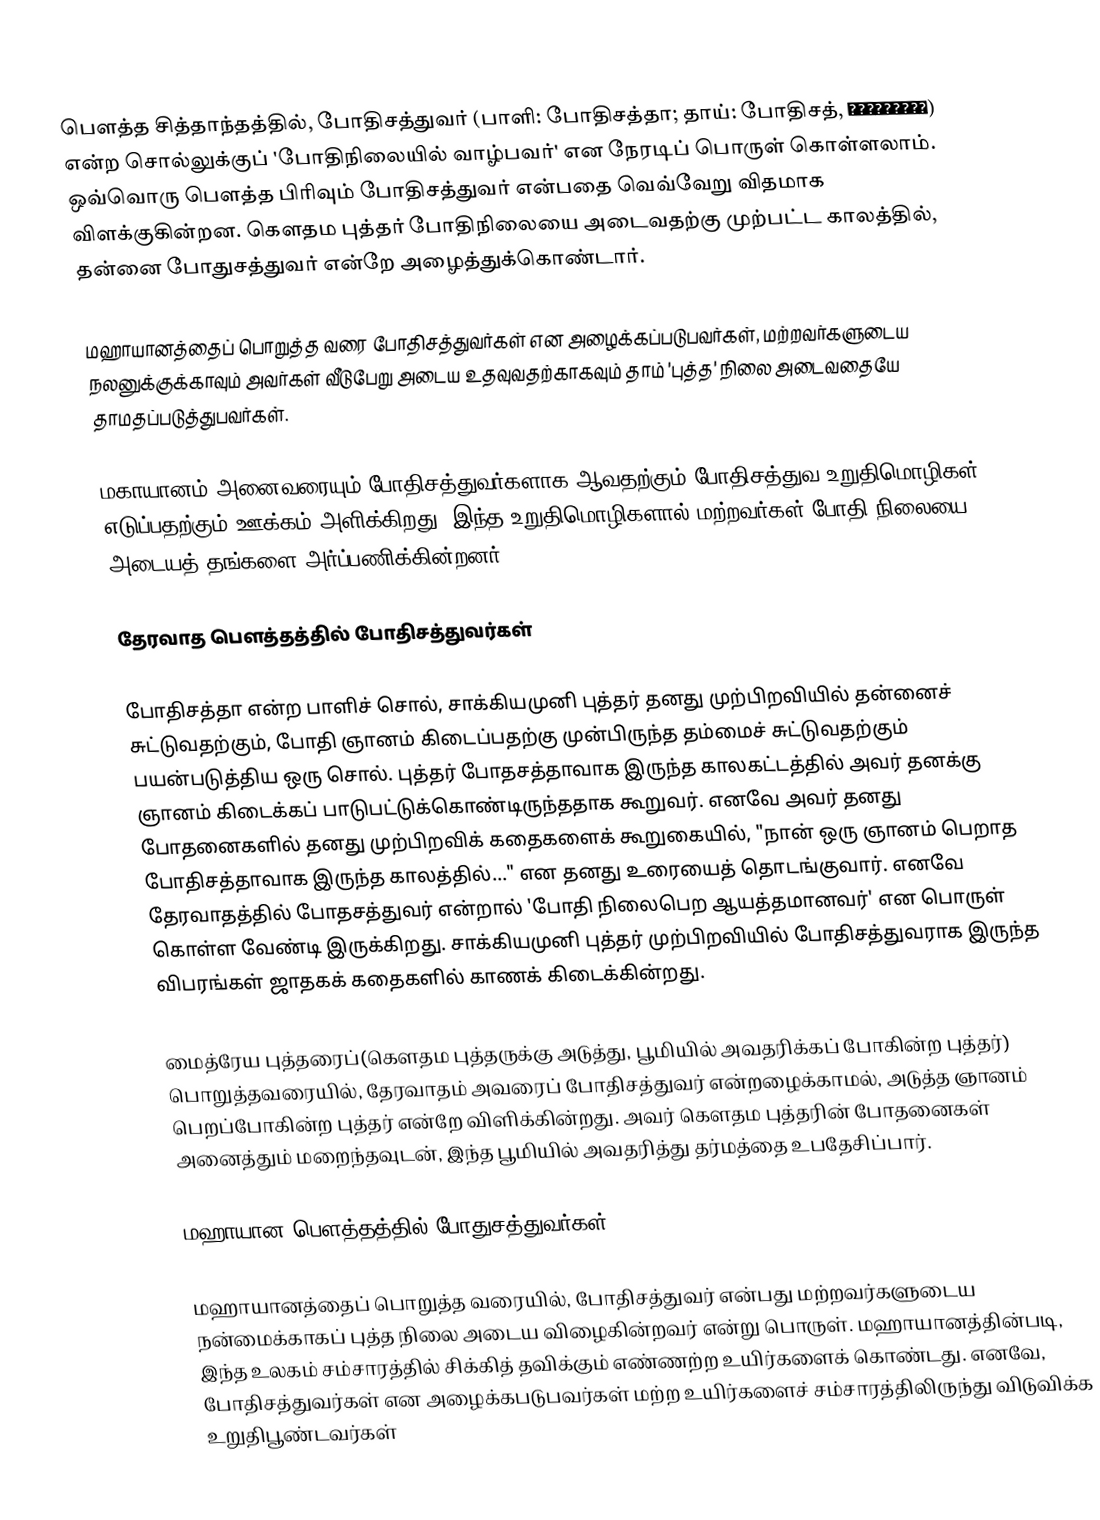
பௌத்த சித்தாந்தத்தில், போதிசத்துவர் (பாளி: போதிசத்தா; தாய்: போதிசத், โพธิสัตว์) என்ற சொல்லுக்குப் 'போதிநிலையில் வாழ்பவர்' என நேரடிப் பொருள் கொள்ளலாம். ஒவ்வொரு பௌத்த பிரிவும் போதிசத்துவர் என்பதை வெவ்வேறு விதமாக விளக்குகின்றன. கௌதம புத்தர் போதிநிலையை அடைவதற்கு முற்பட்ட காலத்தில், தன்னை போதுசத்துவர் என்றே அழைத்துக்கொண்டார்.

மஹாயானத்தைப் பொறுத்த வரை போதிசத்துவர்கள் என அழைக்கப்படுபவர்கள், மற்றவர்களுடைய நலனுக்குக்காவும் அவர்கள் வீடுபேறு அடைய உதவுவதற்காகவும் தாம் 'புத்த' நிலை அடைவதையே தாமதப்படுத்துபவர்கள்.

மகாயானம் அனைவரையும் போதிசத்துவர்களாக ஆவதற்கும் போதிசத்துவ உறுதிமொழிகள் எடுப்பதற்கும் ஊக்கம் அளிக்கிறது. இந்த உறுதிமொழிகளால் மற்றவர்கள் போதி நிலையை அடையத் தங்களை அர்ப்பணிக்கின்றனர்.

தேரவாத பௌத்தத்தில் போதிசத்துவர்கள்

போதிசத்தா என்ற பாளிச் சொல், சாக்கியமுனி புத்தர் தனது முற்பிறவியில் தன்னைச் சுட்டுவதற்கும், போதி ஞானம் கிடைப்பதற்கு முன்பிருந்த தம்மைச் சுட்டுவதற்கும் பயன்படுத்திய ஒரு சொல். புத்தர் போதசத்தாவாக இருந்த காலகட்டத்தில் அவர் தனக்கு ஞானம் கிடைக்கப் பாடுபட்டுக்கொண்டிருந்ததாக கூறுவர். எனவே அவர் தனது போதனைகளில் தனது முற்பிறவிக் கதைகளைக் கூறுகையில், "நான் ஒரு ஞானம் பெறாத போதிசத்தாவாக இருந்த காலத்தில்..." என தனது உரையைத் தொடங்குவார். எனவே தேரவாதத்தில் போதசத்துவர் என்றால் 'போதி நிலைபெற ஆயத்தமானவர்' என பொருள் கொள்ள வேண்டி இருக்கிறது. சாக்கியமுனி புத்தர் முற்பிறவியில் போதிசத்துவராக இருந்த விபரங்கள் ஜாதகக் கதைகளில் காணக் கிடைக்கின்றது.

மைத்ரேய புத்தரைப்(கௌதம புத்தருக்கு அடுத்து, பூமியில் அவதரிக்கப் போகின்ற புத்தர்) பொறுத்தவரையில், தேரவாதம் அவரைப் போதிசத்துவர் என்றழைக்காமல், அடுத்த ஞானம் பெறப்போகின்ற புத்தர் என்றே விளிக்கின்றது. அவர் கௌதம புத்தரின் போதனைகள் அனைத்தும் மறைந்தவுடன், இந்த பூமியில் அவதரித்து தர்மத்தை உபதேசிப்பார்.

மஹாயான பௌத்தத்தில் போதுசத்துவர்கள்

மஹாயானத்தைப் பொறுத்த வரையில், போதிசத்துவர் என்பது மற்றவர்களுடைய நன்மைக்காகப் புத்த நிலை அடைய விழைகின்றவர் என்று பொருள். மஹாயானத்தின்படி, இந்த உலகம் சம்சாரத்தில் சிக்கித் தவிக்கும் எண்ணற்ற உயிர்களைக் கொண்டது. எனவே, போதிசத்துவர்கள் என அழைக்கபடுபவர்கள் மற்ற உயிர்களைச் சம்சாரத்திலிருந்து விடுவிக்க உறுதிபூண்டவர்கள்